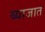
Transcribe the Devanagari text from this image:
व्याजात